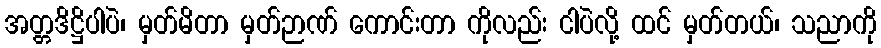
အတ္တဒိဋ္ဌိပါပဲ၊ မှတ်မိတာ မှတ်ဉာဏ် ကောင်းတာ ကိုလည်း ငါပဲလို့ ထင် မှတ်တယ်၊ သညာကို